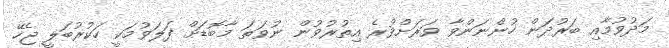
މަދުވުމާއި ބަރުދަން ހުންނަންވާ ވަރަށްވުރެ އިތުރުވުން ނުވަތަ މާބޮޑަށް ފަލަވުމަކީ ހަކުރުބަލީ ޖެހޭ